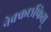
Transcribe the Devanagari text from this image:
नेक्कर्छीफेस्